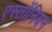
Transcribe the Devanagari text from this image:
एस्तोंनियन